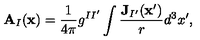
\mathbf { A } _ { I } ( \mathbf { x } ) = \frac { 1 } { 4 \pi } g ^ { I I ^ { \prime } } \int \frac { \mathbf { J } _ { I ^ { \prime } } ( \mathbf { x } ^ { \prime } ) } { r } d ^ { 3 } x ^ { \prime } ,